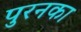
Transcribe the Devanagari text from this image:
पुरनका